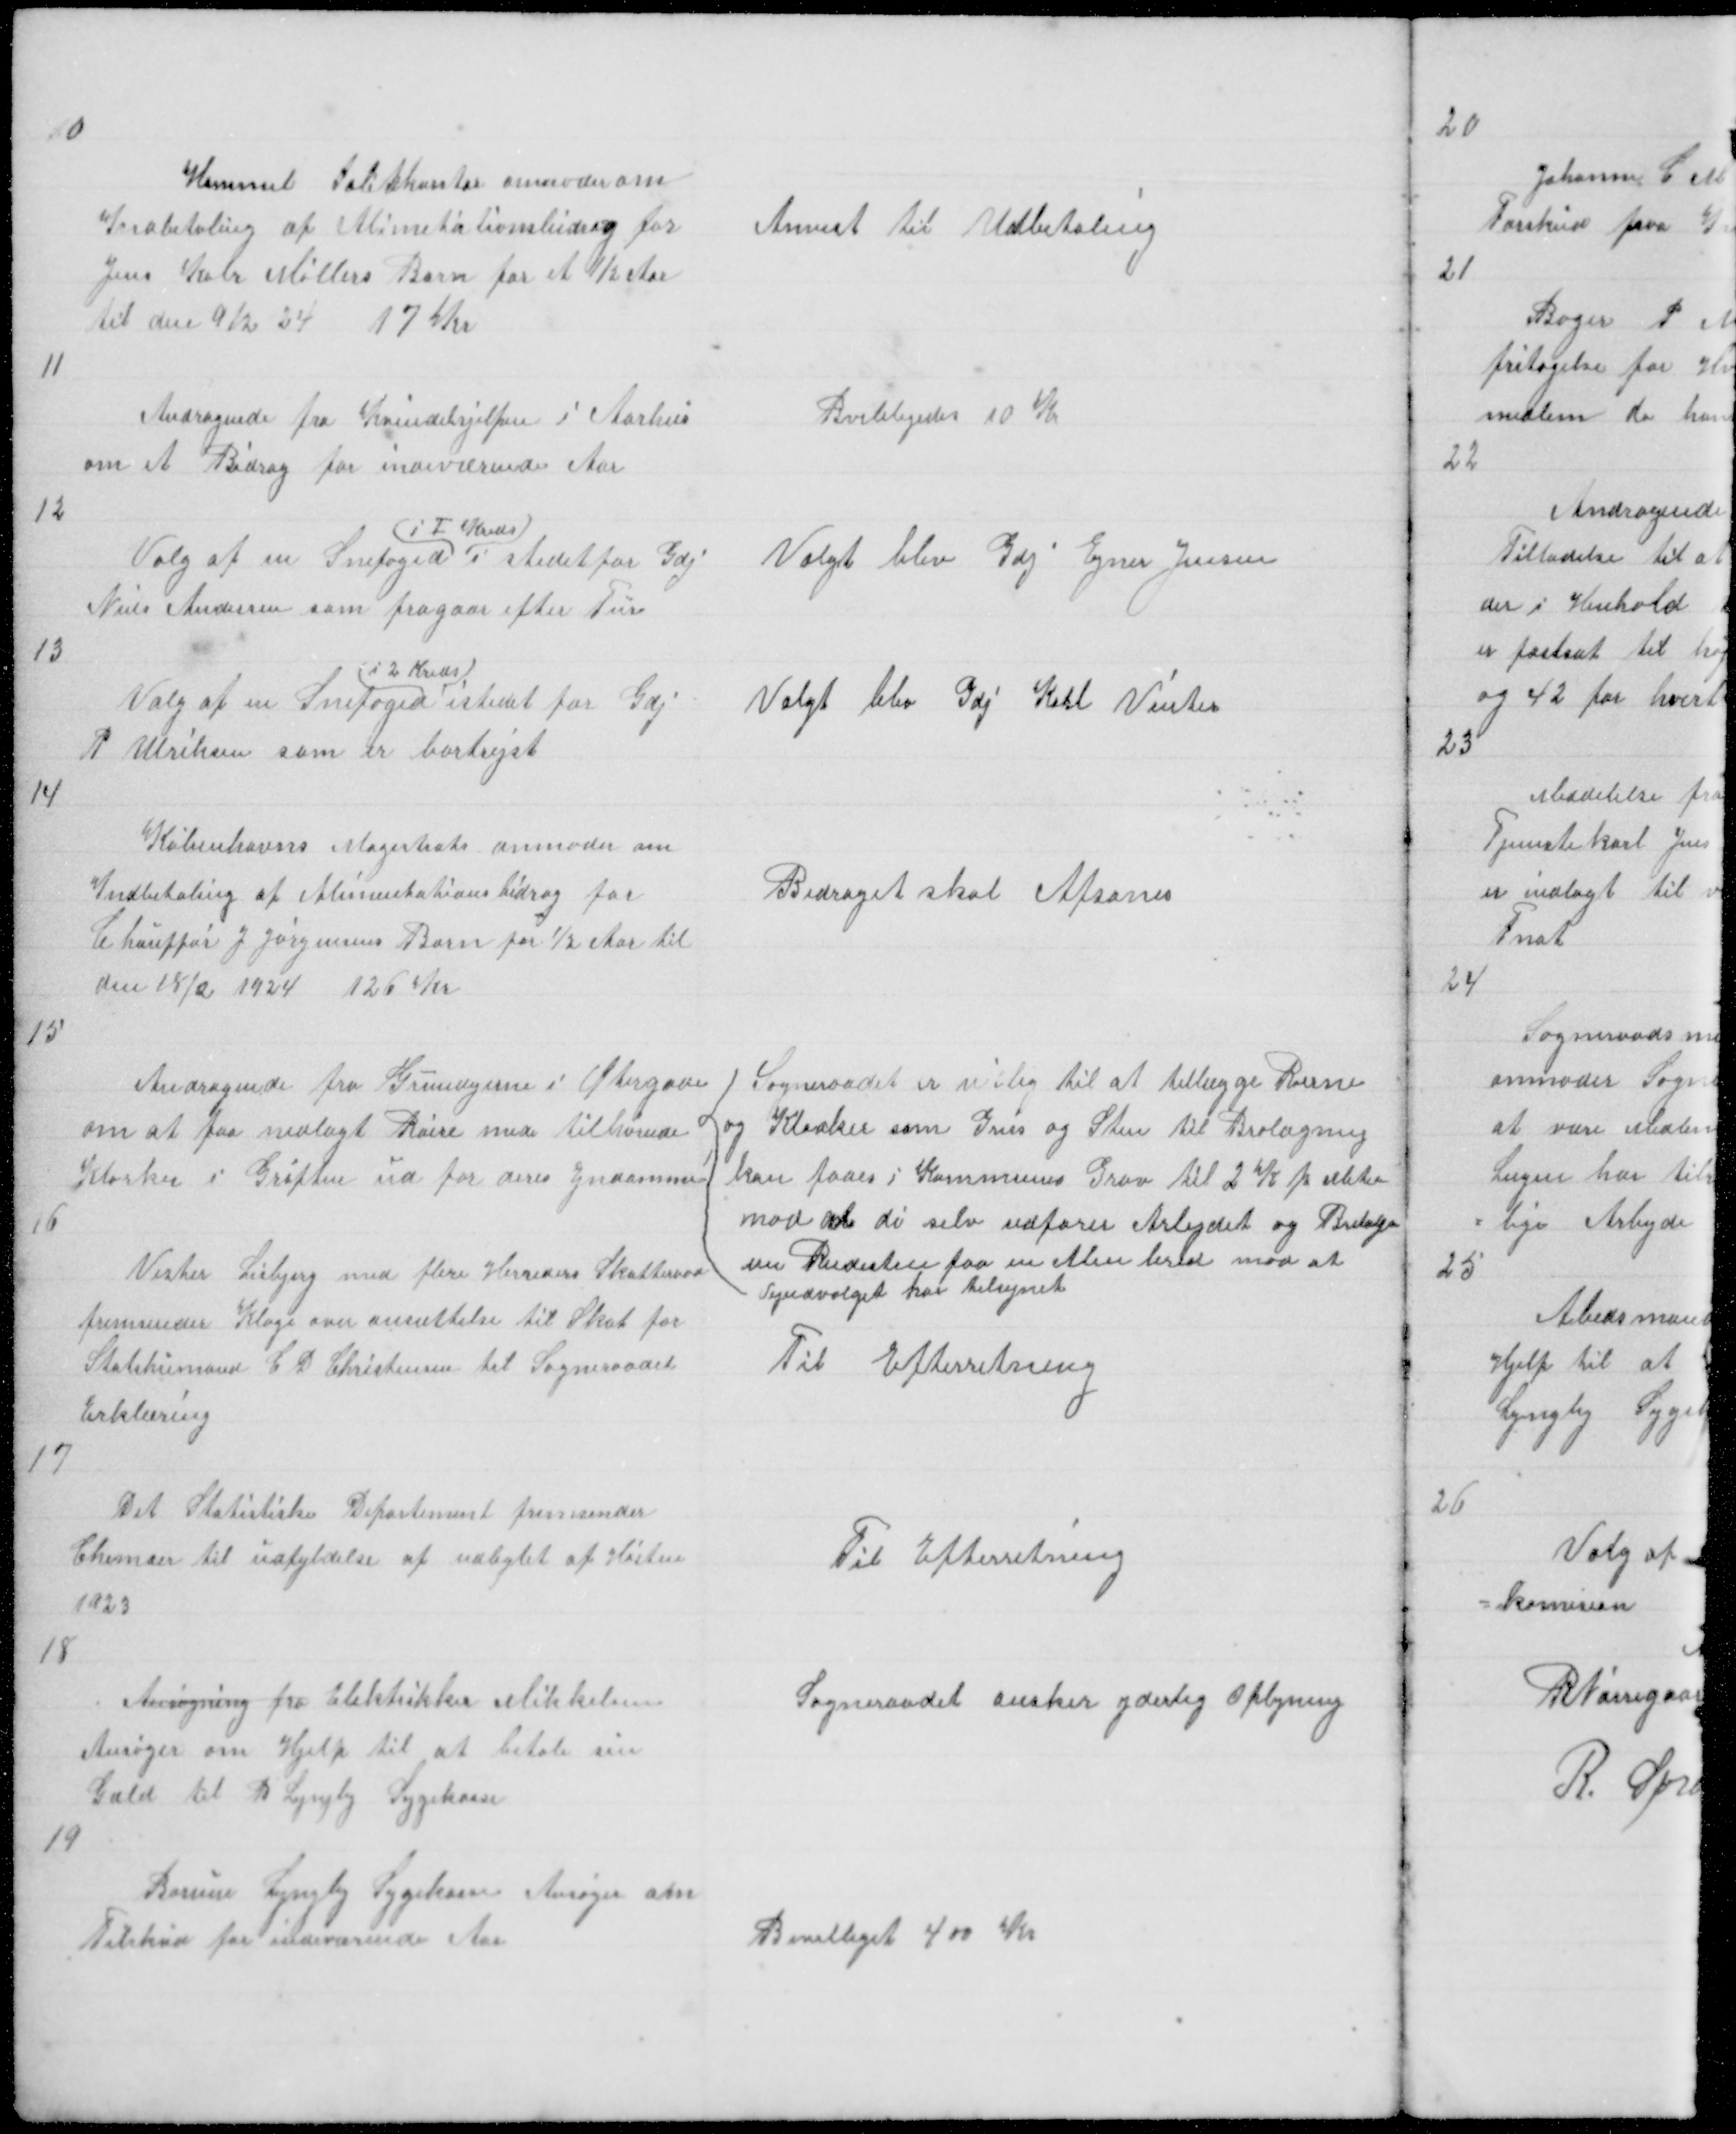
Transskription:
10

Hammel Politikontor anmoder om 
Indbetaling af Alimetationsbidrag for
Jens Kalr Møllers Barn for et ½ Aar
til den 9/2 24 17 Kr

Anvist til Udbetaling

11

Andragende fra Kvindehjelpen i Aarhus
om et Bidrag for indeværende Aar

Bvililigedes 10 Kr

12

Valg af en Snefoged
i 1 Kreds
i stedet for Gdj
Niels Andersen som fragaar efter Tur

Valgt blev Gdj Ejner Jensen

13

Valg af en Snefoged
i 2 Kreds
istedet for Gdj
P Ulriksen som er bortrejst

Valgt blev Gdj Karl Vinter

14

Københavns Magistrats anmoder om
Indbetaling af Alimentationsbidrag for
Chauffør J Jørgensens Barn for ½ Aar til
den 18/2 1924 126 Kr

Bidraget skal Afsones

15

Andragende fra Grundejerne i Øtergade
om at faa nedlagt Røere med tilhørende
Klorker i Grøften ud for deres Ejndomme

Sogneraadet er villig til at tillægge Roerne
og Kloaker sam Grus og Sten til Brolægning
kan faaes i Kommunes Grav til 2 K pr Meter
mod at di selv udfører Arbejdet og Brelæger
en Rendesten paa en Alen bred mod at
Vejudvalget har tilsynet
Til Efterretning

16

Vester Lisbjerg med flere Herreders Skatteraad
fremsender Klage over ansættelse til Skat for
Statshumand C D Christensen til Sogneraadet
Erklæring

17

Det Statistiske Departement fremsender
Chemaer til udfyldelse af udbytet af Høsten
1923

Til Efterretning

18

Ansøgning fra Elektrikker Mikkelsen
Ansøger om Hjelp til at betale sin
Gæld til B Lyngby Sygekasse

Sogneraadet ønsker yderlig Oplyning

19

Borum Lyngby Sygekasse Ansøger om
Tilskud for indeværende Aar

Bevilliget 400 Kr